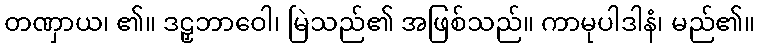
တဏှာယ၊ ၏။ ဒဠှဘာဝေါ၊ မြဲသည်၏ အဖြစ်သည်။ ကာမုပါဒါနံ၊ မည်၏။